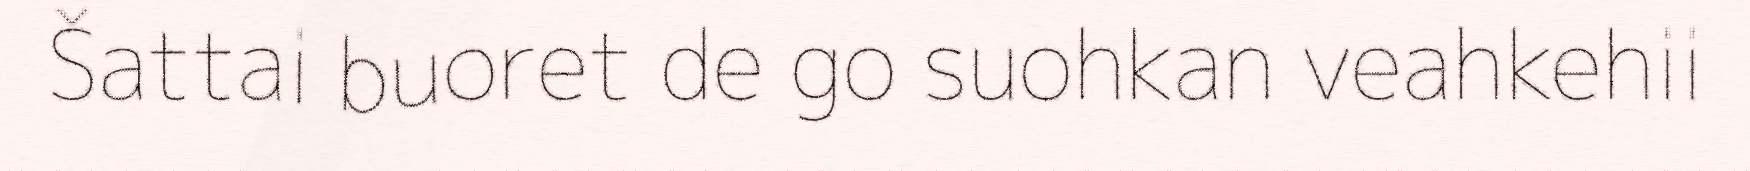
Šattai buoret de go suohkan veahkehii